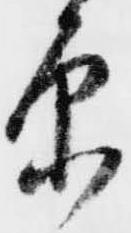
原